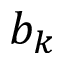
b _ { k }